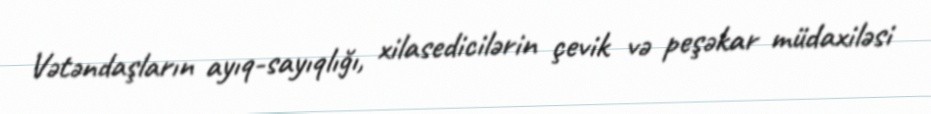
Vətəndaşların ayıq-sayıqlığı, xilasedicilərin çevik və peşəkar müdaxiləsi